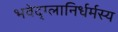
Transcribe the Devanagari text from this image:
भवेद्‌ग्लानिर्धर्मस्य